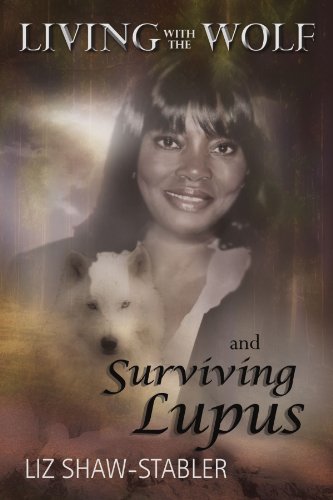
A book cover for Living With the Wolf and Surviving Lupus; Liz Shaw-Stabler; Health, Fitness & Dieting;